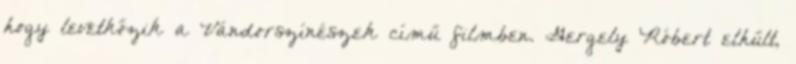
hogy levetkőzik a Vándorszínészek című filmben. Gergely Róbert elhűlt,